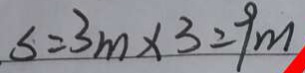
s = 3 m \times 3 = 9 m